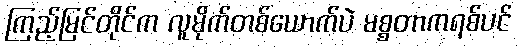
ကြည့်မြင်တိုင်က လူမိုက်တစ်ယောက်ပဲ မစ္စတာကရစ်ပင်